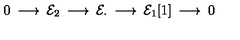
0 \: \longrightarrow \: { \cal E } _ { 2 } \: \longrightarrow \: { \cal E } _ { \cdot } \: \longrightarrow \: { \cal E } _ { 1 } [ 1 ] \: \longrightarrow \: 0